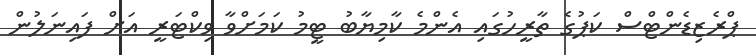
ޕްރެޒިޑެންޓްސް ކަޕުގެ ތާރީހުގައި އެންމެ ކާމިޔާބު ޓީމު ކަމަށްވާ ވިކްޓަރީ އަށް ފައިނަލުން